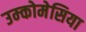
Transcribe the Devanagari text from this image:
उम्कोमेसिया